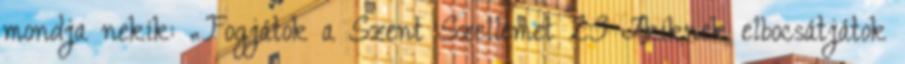
mondja nekik: „Fogjátok a Szent Szellemet 23 Akiknek elbocsátjátok